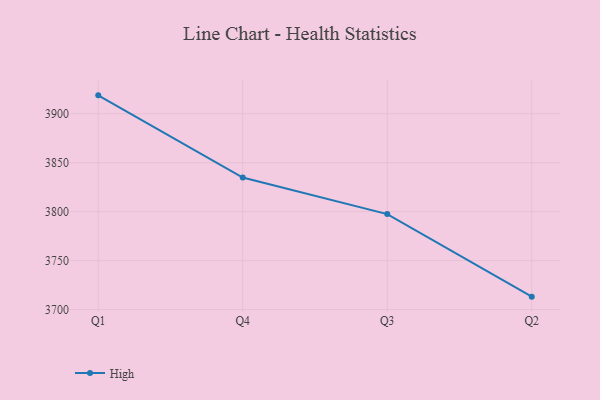
{"axis": {"x": "Quarter", "y": "LTV (USD)"}, "legend": ["High"], "data": [{"x": "Q1", "y": 3918.8, "type": "High"}, {"x": "Q4", "y": 3834.8, "type": "High"}, {"x": "Q3", "y": 3797.5, "type": "High"}, {"x": "Q2", "y": 3713.2, "type": "High"}]}